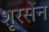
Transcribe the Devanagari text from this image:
शूरसेंन